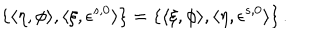
\{ \langle \eta , \phi \rangle , \langle \xi , \epsilon ^ { s , 0 } \rangle \} = \{ \langle \xi , \phi \rangle , \langle \eta , \epsilon ^ { s , 0 } \rangle \} \, .